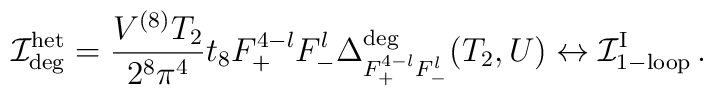
{\cal I}^{\rm het}_{\rm deg}=\frac{V^{(8)} T_2}{2^8\pi^4} t_8 F_+^{4-l}F_-^l\Delta^{\rm deg}_{F_+^{4-l} F_-^l}(T_2,U)\leftrightarrow{\cal  I}^{\rm I}_{\rm 1-loop}\, .